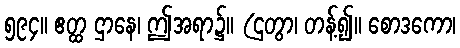
၅၉၄။ ဧတ္ထ ဌာနေ၊ ဤအရာ၌။ (ဌတွာ၊ တန့်၍။ စောဒကော၊